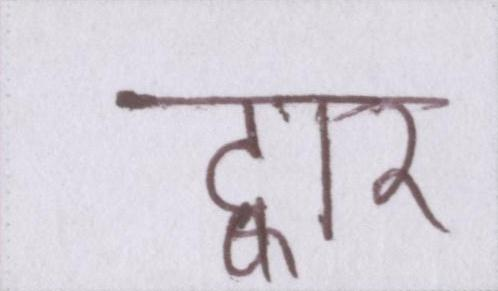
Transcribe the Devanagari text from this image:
द्वार